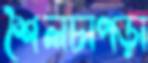
শৈলচাপড়া